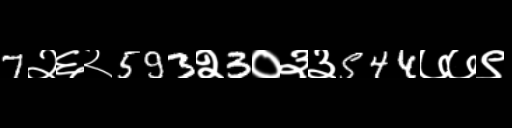
Text: 7२६२593२3०३३544७७९